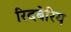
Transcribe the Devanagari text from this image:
रिदबेरिय